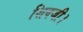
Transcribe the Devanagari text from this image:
शिवजी।